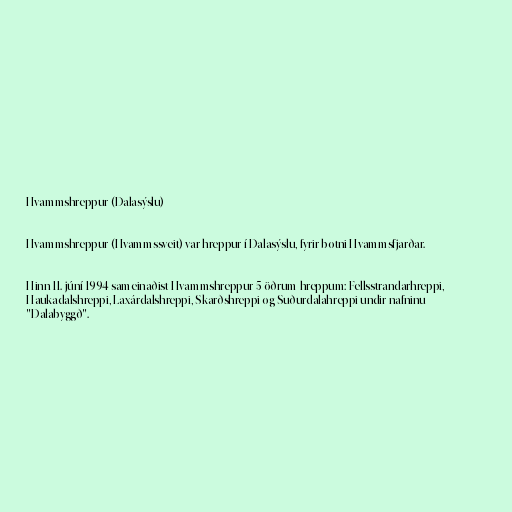
Hvammshreppur (Dalasýslu)

Hvammshreppur (Hvammssveit) var hreppur í Dalasýslu, fyrir botni Hvammsfjarðar.

Hinn 11. júní 1994 sameinaðist Hvammshreppur 5 öðrum hreppum: Fellsstrandarhreppi,
Haukadalshreppi, Laxárdalshreppi, Skarðshreppi og Suðurdalahreppi undir nafninu
"Dalabyggð".